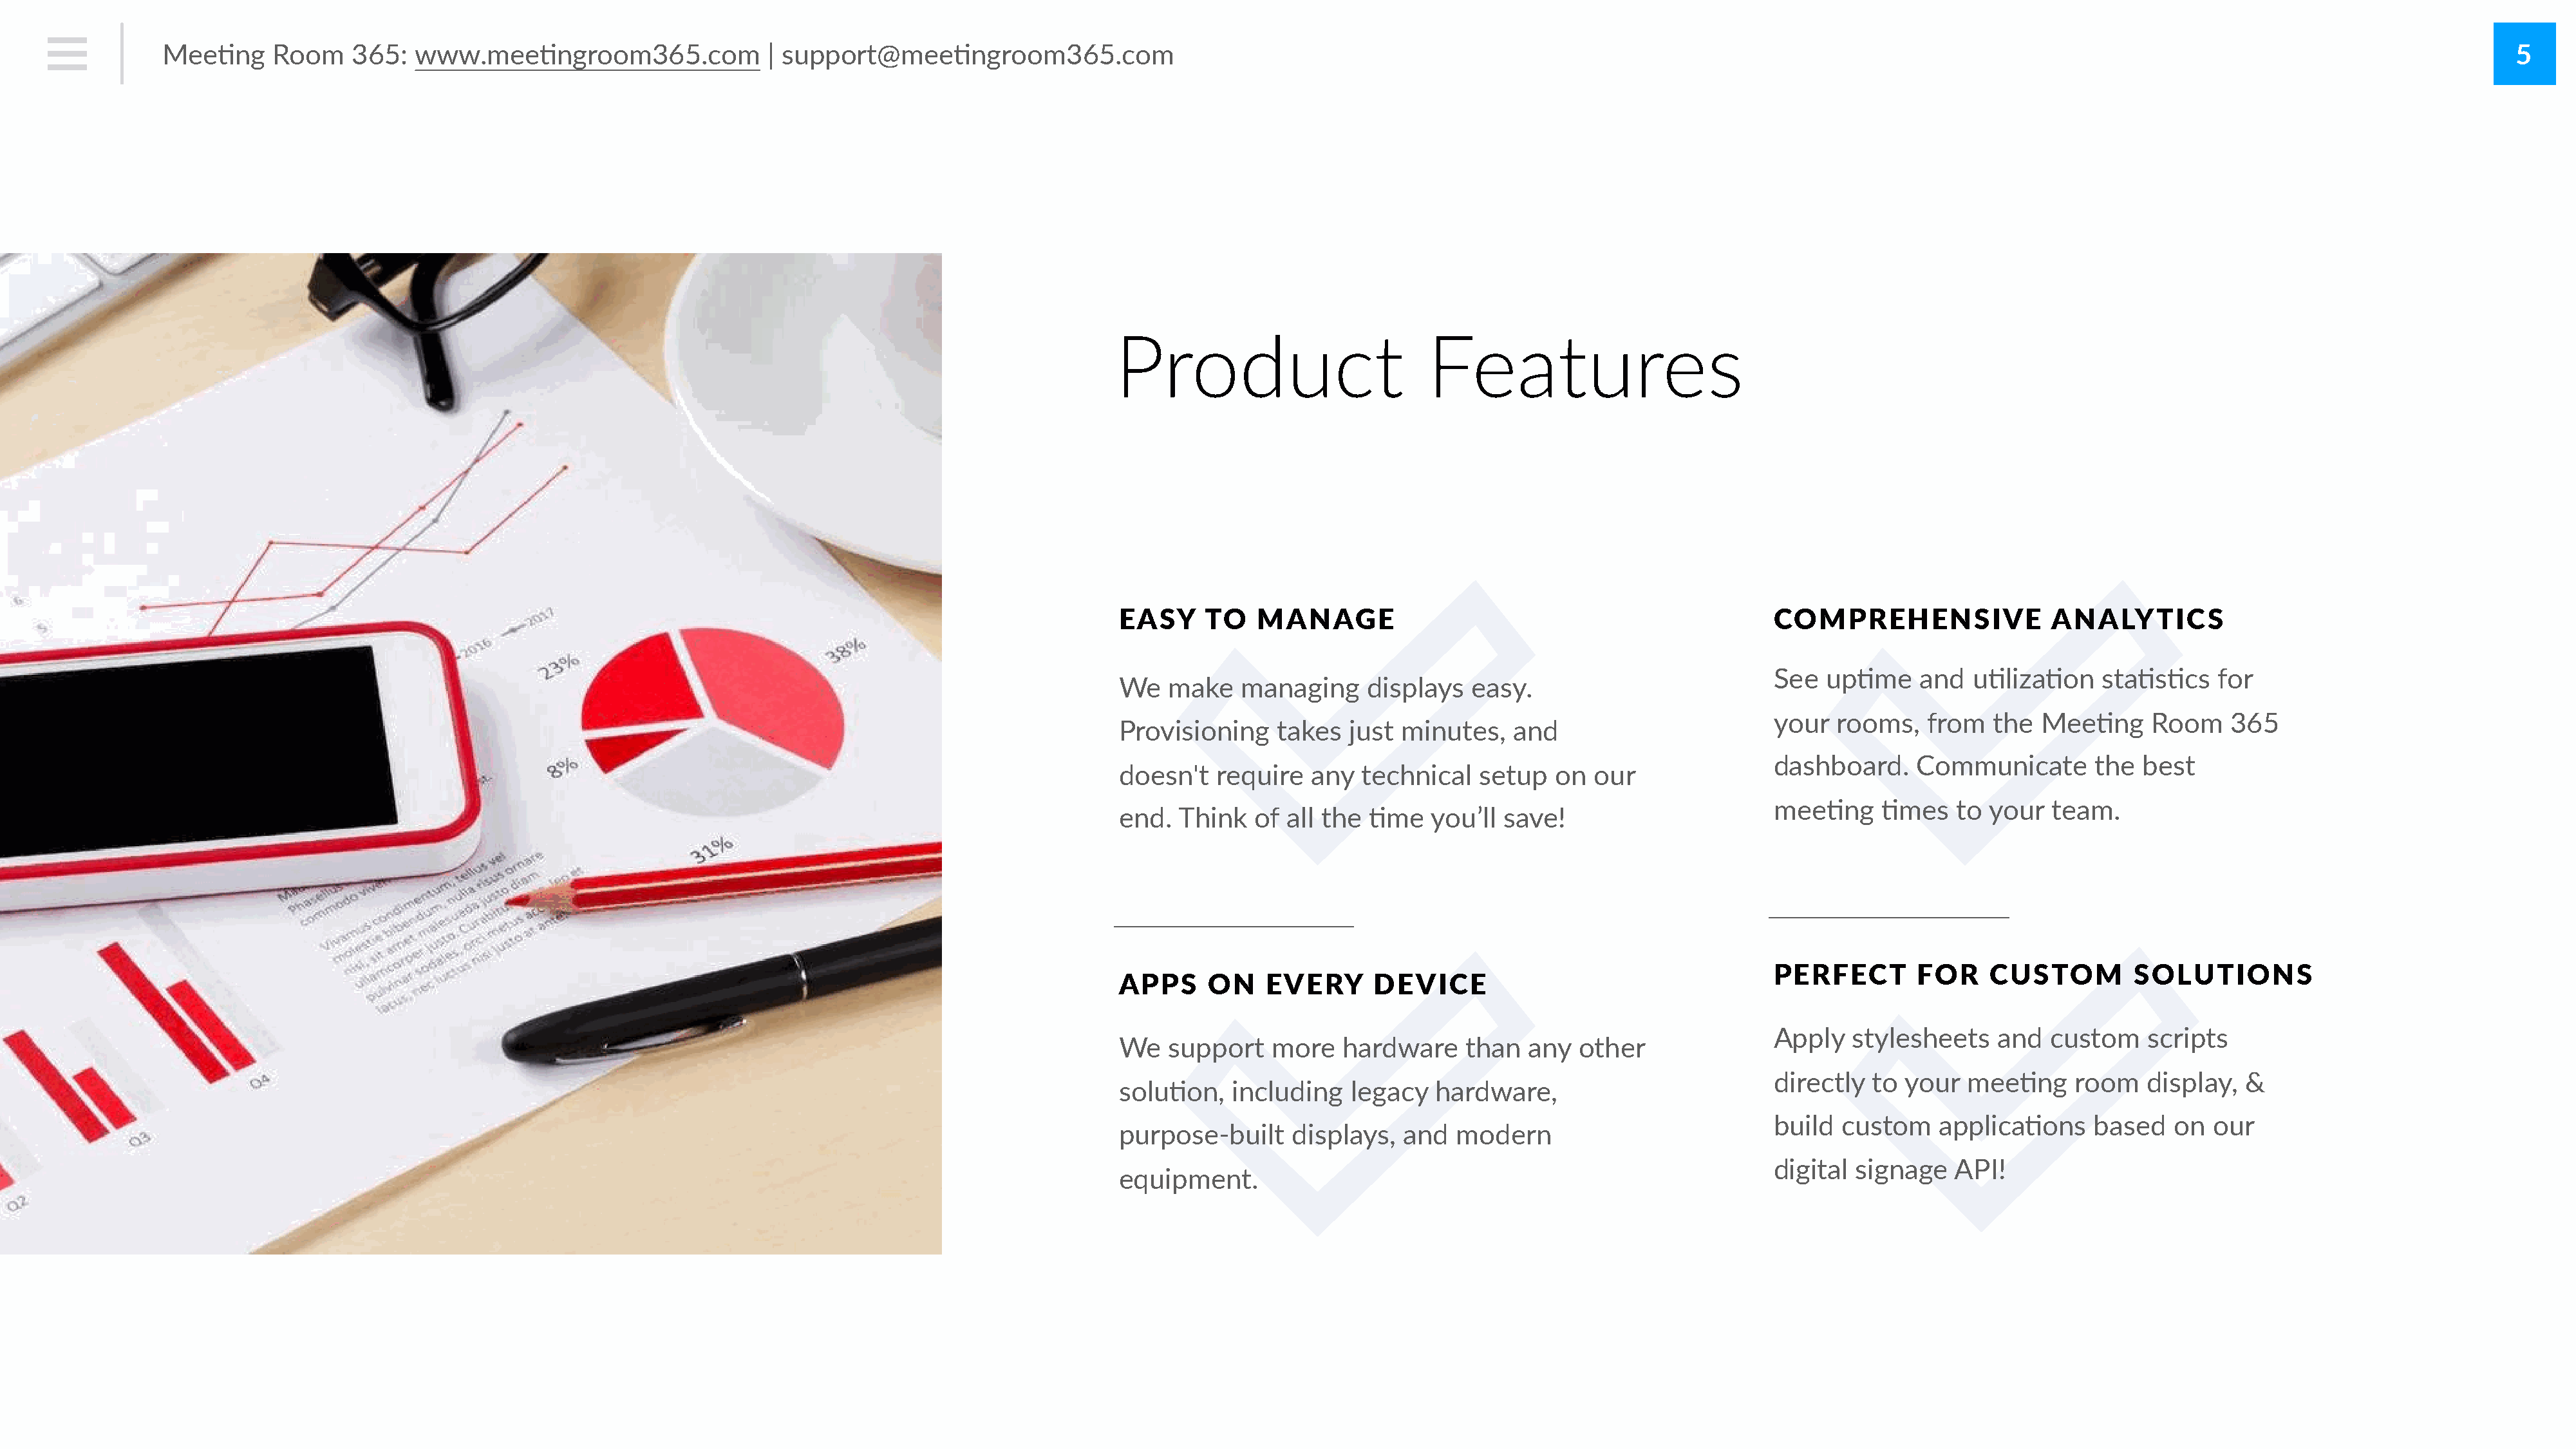
Mee#ng     Room    365:   www.mee#ngroom365.com               | support@mee#ngroom365.com                                                                                                                                                         5
 Product                         Features
 EASY     TO   MANAGE                                               COMPREHENSIVE                ANALYTICS
 See   up#me    and   u#liza#on    sta#s#cs    for
 We   make    managing     displays  easy.
 your   rooms,   from   the  Mee#ng     Room    365
 Provisioning    takes   just minutes,    and
 dashboard.     Communicate       the  best
 doesn't   require   any  technical   setup   on  our
 mee#ng     #mes    to your   team.
 end.  Think   of all the  #me   you’ll  save!
 PERFECT        FOR     CUSTOM        SOLUTIONS
 APPS     ON    EVERY      DEVICE
 Apply   stylesheets    and   custom    scripts
 We   support    more   hardware     than  any  other
 directly  to  your  mee#ng     room    display,  &
 solu#on,    including   legacy   hardware,
 build  custom    applica#ons     based   on  our
 purpose-built     displays,  and   modern
 digital  signage   API!
 equipment.